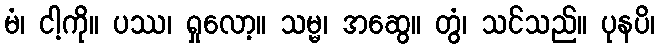
မံ၊ ငါ့ကို။ ပဿ၊ ရှုလော့။ သမ္မ၊ အဆွေ။ တွံ၊ သင်သည်။ ပုနပိ၊